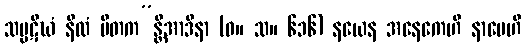
သပ္ပဋိဃံ နီလံ ပီတက”န္တိအာဒိနာ (ဓ။ သ။ ၆၁၆) နယေန အနေကေဟိ နာမေဟိ